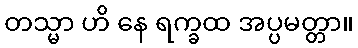
တသ္မာ ဟိ နေ ရက္ခထ အပ္ပမတ္တာ။